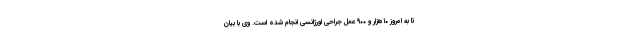
تا به امروز ۱۰هزار و ۹۰۰ عمل جراحی اورژانسی انجام شده است. وی با بیان